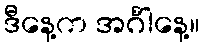
ဒီနေ့က အင်္ဂါနေ့။